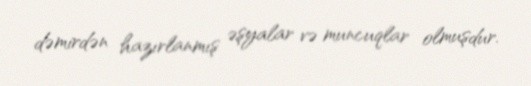
dəmirdən hazırlanmış əşyalar və muncuqlar olmuşdur.